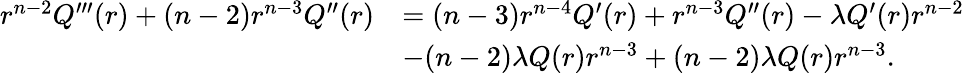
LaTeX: \begin{array}{rl}{r^{n-2}Q^{\prime\prime\prime}(r)+(n-2)r^{n-3}Q^{\prime\prime}(r)}&{=(n-3)r^{n-4}Q^{\prime}(r)+r^{n-3}Q^{\prime\prime}(r)-\lambda Q^{\prime}(r)r^{n-2}}\\ &{-(n-2)\lambda Q(r)r^{n-3}+(n-2)\lambda Q(r)r^{n-3}.}\end{array}